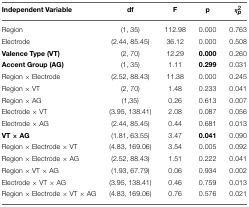
<table><thead><tr><td><b>Independent Variable</b></td><td><b>df</b></td><td><b>F</b></td><td><b>p</b></td><td><b>η<sup>2</sup><sub><i>p</i></sub></b></td></tr></thead><tbody><tr><td>Region</td><td>(1, 35)</td><td>112.98</td><td>0.000</td><td>0.763</td></tr><tr><td>Electrode</td><td>(2.44, 85.45)</td><td>36.12</td><td>0.000</td><td>0.508</td></tr><tr><td><b>Valence Type (VT)</b></td><td>(2, 70)</td><td>12.29</td><td><b>0.000</b></td><td>0.260</td></tr><tr><td><b>Accent Group (AG)</b></td><td>(1, 35)</td><td>1.11</td><td><b>0.299</b></td><td>0.031</td></tr><tr><td>Region × Electrode</td><td>(2.52, 88.43)</td><td>11.38</td><td>0.000</td><td>0.245</td></tr><tr><td>Region × VT</td><td>(2, 70)</td><td>1.48</td><td>0.233</td><td>0.041</td></tr><tr><td>Region × AG</td><td>(1,35)</td><td>0.26</td><td>0.613</td><td>0.007</td></tr><tr><td>Electrode × VT</td><td>(3.95, 138.41)</td><td>2.08</td><td>0.087</td><td>0.056</td></tr><tr><td>Electrode × AG</td><td>(2.44, 85.45)</td><td>0.44</td><td>0.681</td><td>0.013</td></tr><tr><td><b>VT × AG</b></td><td>(1.81, 63.55)</td><td>3.47</td><td><b>0.041</b></td><td>0.090</td></tr><tr><td>Region × Electrode × VT</td><td>(4.83, 169.06)</td><td>3.54</td><td>0.005</td><td>0.092</td></tr><tr><td>Region × Electrode × AG</td><td>(2.52, 88.43)</td><td>1.51</td><td>0.222</td><td>0.041</td></tr><tr><td>Region × VT × AG</td><td>(1.93, 67.79)</td><td>0.06</td><td>0.934</td><td>0.002</td></tr><tr><td>Electrode × VT × AG</td><td>(3.95, 138.41)</td><td>0.46</td><td>0.759</td><td>0.013</td></tr><tr><td>Region × Electrode × VT × AG</td><td>(4.83, 169.06)</td><td>0.76</td><td>0.576</td><td>0.021</td></tr></tbody></table>